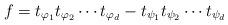
LaTeX: \begin{align*}f=t_{\varphi_1}t_{\varphi_2}\cdots t_{\varphi_d} - t_{\psi_1}t_{\psi_2}\cdots t_{\psi_d}\end{align*}